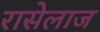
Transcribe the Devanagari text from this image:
रासेलाज